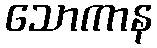
သောကာန